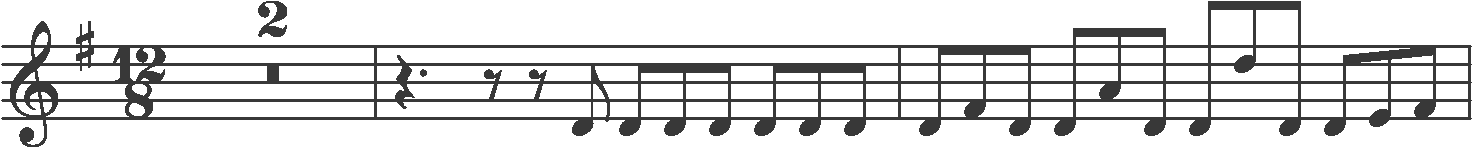
Transcription: clef-G2 keySignature-GM timeSignature-12/8 multirest-2 barline rest-quarter. rest-eighth rest-eighth note-D4_eighth note-D4_eighth note-D4_eighth note-D4_eighth note-D4_eighth note-D4_eighth note-D4_eighth barline note-D4_eighth note-F#4_eighth note-D4_eighth note-D4_eighth note-A4_eighth note-D4_eighth note-D4_eighth note-D5_eighth note-D4_eighth note-D4_eighth note-E4_eighth note-F#4_eighth barline